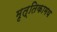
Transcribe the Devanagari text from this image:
मृत्तिकामय